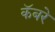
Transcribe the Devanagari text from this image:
कॅबरे